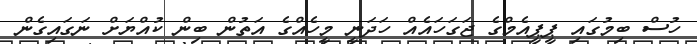
ހުސް ބިމުގައި ޕީޕީއެމްގެ ޖަގަހައެއް ހަދަނީ މީހެއްގެ އަތުން ބިން ކުއްޔަށް ނަގައިގެން